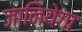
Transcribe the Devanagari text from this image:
जानियेगा